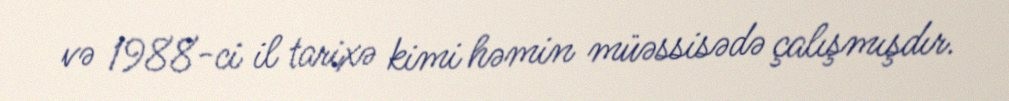
və 1988-ci il tarixə kimi həmin müəssisədə çalışmışdır.